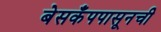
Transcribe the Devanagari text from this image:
बेसकँपपासूनची